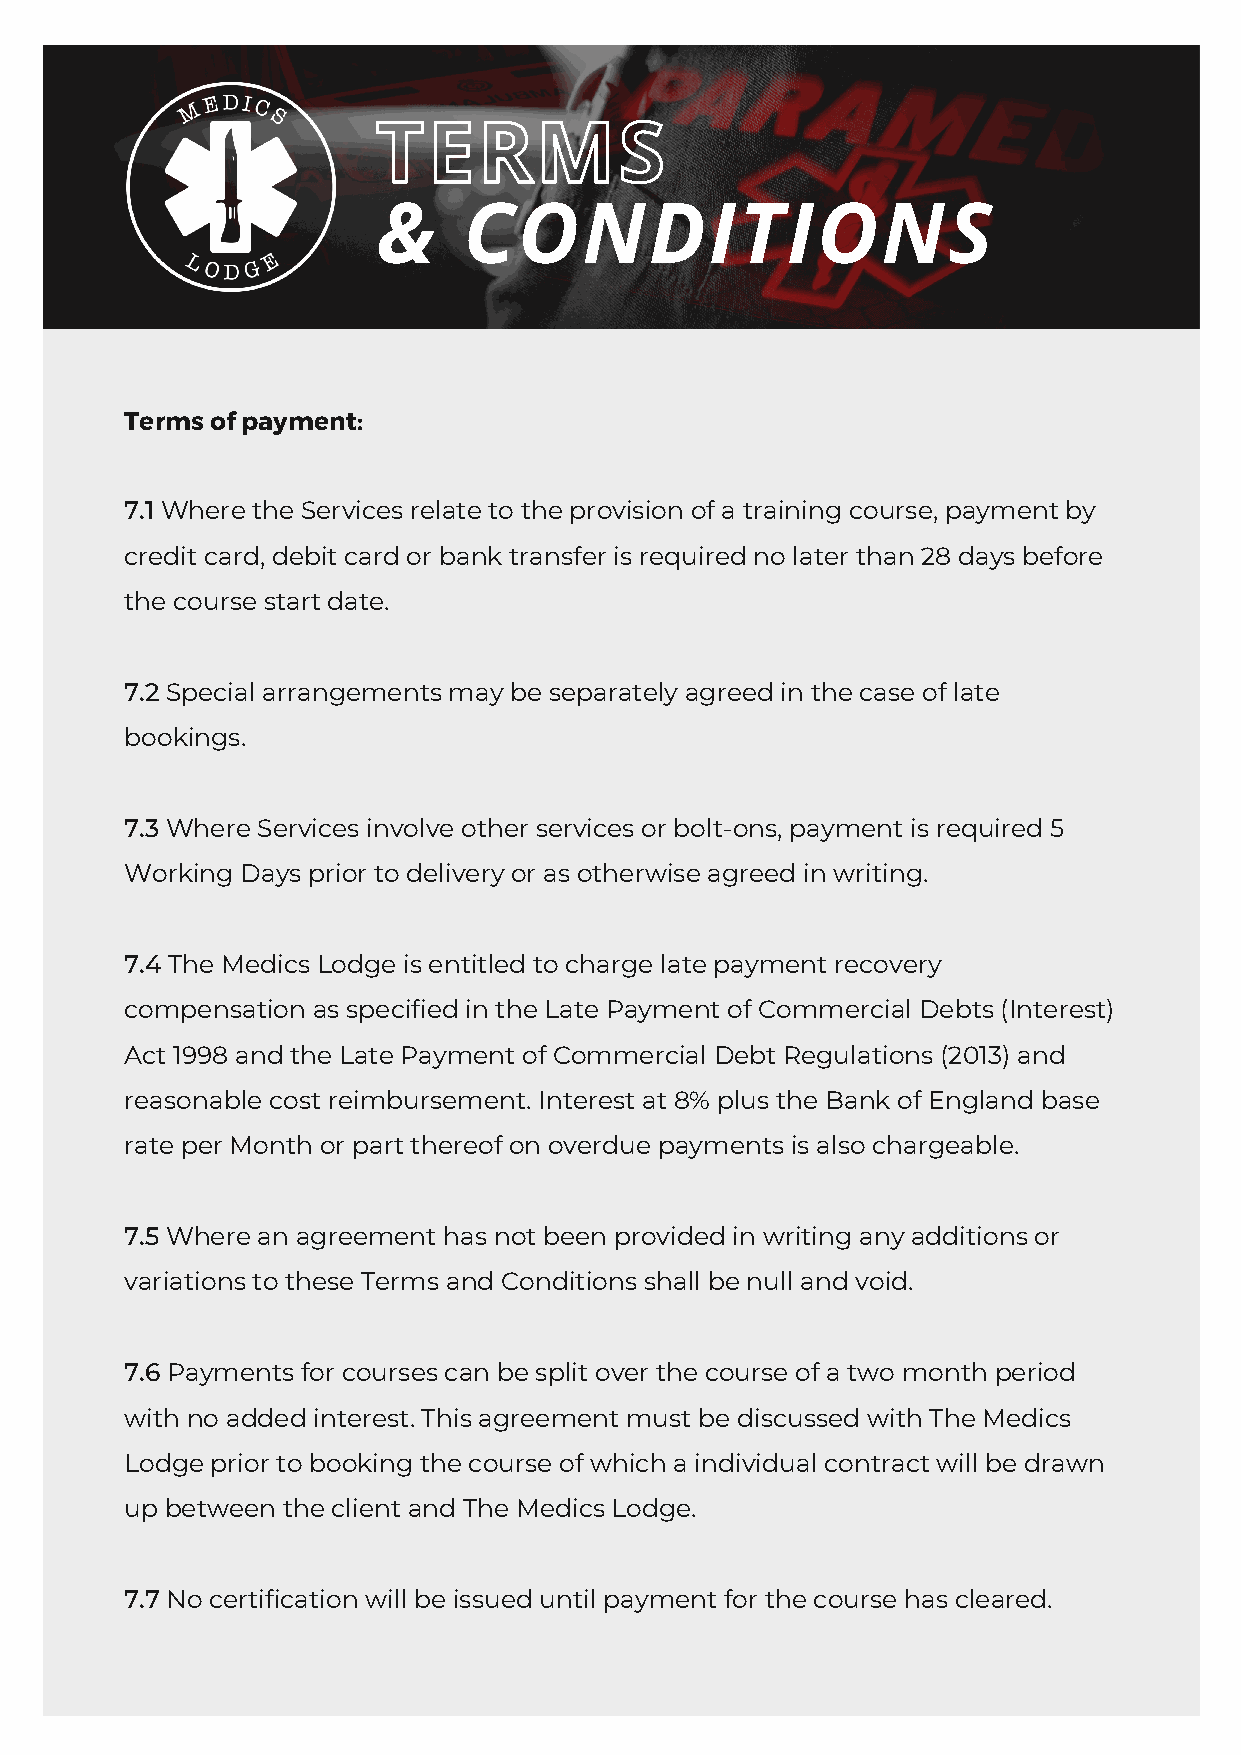
TERMS
 &     CONDITIONS
 Terms of payment:
 7.1 Where the Services relate to the provision of a training course, payment by
 credit card, debit card or bank transfer is required no later than 28 days before
 the course start date.
 7.2 Special arrangements may be separately agreed in the case of late
 bookings.
 7.3 Where Services involve other services or bolt-ons, payment is required 5
 Working Days prior to delivery or as otherwise agreed in writing.
 7.4 The Medics Lodge is entitled to charge late payment recovery
 compensation as specified in the Late Payment of Commercial Debts (Interest)
 Act 1998 and the Late Payment of Commercial Debt Regulations (2013) and
 reasonable cost reimbursement. Interest at 8% plus the Bank of England base
 rate per Month or part thereof on overdue payments is also chargeable.
 7.5 Where an agreement has not been provided in writing any additions or
 variations to these Terms and Conditions shall be null and void.
 7.6 Payments for courses can be split over the course of a two month period
 with no added interest. This agreement must be discussed with The Medics
 Lodge prior to booking the course of which a individual contract will be drawn
 up between the client and The Medics Lodge.
 7.7 No certification will be issued until payment for the course has cleared.